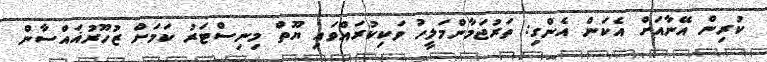
ކުރިން އޭނާއަށް އެކަން އެންގި: ތަރުޖަމާންމަލީހު ވަކިކުރައްވައި ޔޫތް މިނިސްޓަރު ކަމަށް ޒުހޫރުޣައްސާން